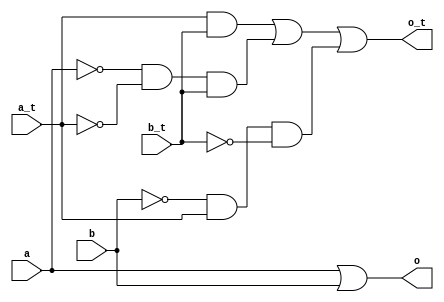
module glfit_or (input a, input b, input a_t, input b_t, output o, output o_t);
  
  wire an_t, bn_t, an, bn;
  
  wire i1, i4, i5;
  
  
  not not1 (an_t, a_t);
  
  not not2 (bn_t, b_t);
  
  not not3 (an, a);
  
  not not4 (bn, b);
  
  
  and and1 (i1, a_t, b_t);
  
  
  // OR GATE
  
  and and4 (i4, an, an_t, b_t);
  
  and and5 (i5, bn, a_t, bn_t);
  
  or or2 (o_t, i1, i4, i5);
  
  //REGULAR OR
  
  or or3 (o, a, b);
  
endmodule